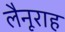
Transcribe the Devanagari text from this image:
लैनूराह